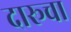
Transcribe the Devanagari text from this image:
दारूचा